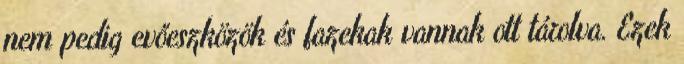
nem pedig evőeszközök és fazekak vannak ott tárolva. Ezek